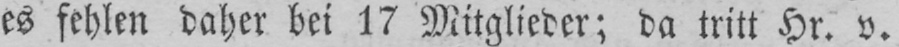
es fehlen daher bei 17 Mitglieder; da tritt Hr. v.